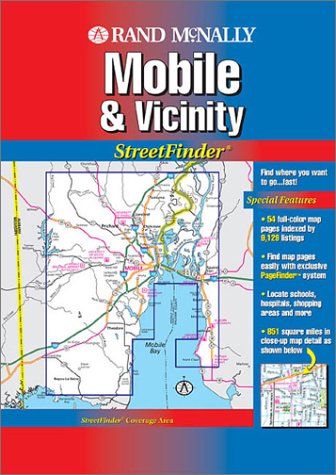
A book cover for Streetfinder Mobile (Rand McNally Streetfinder); Travel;